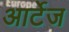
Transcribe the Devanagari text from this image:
आर्टेज